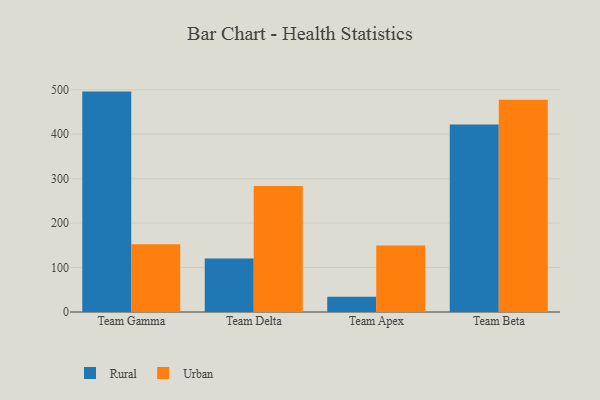
{"axis": {"x": "Team", "y": "Energy Usage (MWh)"}, "legend": ["Rural", "Urban"], "data": [{"x": "Team Gamma", "y": 495.7, "type": "Rural"}, {"x": "Team Gamma", "y": 152.4, "type": "Urban"}, {"x": "Team Delta", "y": 120.1, "type": "Rural"}, {"x": "Team Delta", "y": 283.6, "type": "Urban"}, {"x": "Team Apex", "y": 34.1, "type": "Rural"}, {"x": "Team Apex", "y": 149.8, "type": "Urban"}, {"x": "Team Beta", "y": 421.8, "type": "Rural"}, {"x": "Team Beta", "y": 477.1, "type": "Urban"}]}